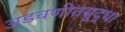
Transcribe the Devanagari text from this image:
अडचणीतसुद्धा